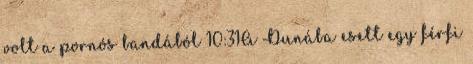
volt a pornós bandából 10:31A Dunába esett egy férfi